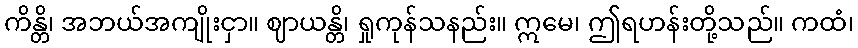
ကိန္တိ၊ အဘယ်အကျိုးငှာ။ ဈာယန္တိ၊ ရှုကုန်သနည်း။ ဣမေ၊ ဤရဟန်းတို့သည်။ ကထံ၊